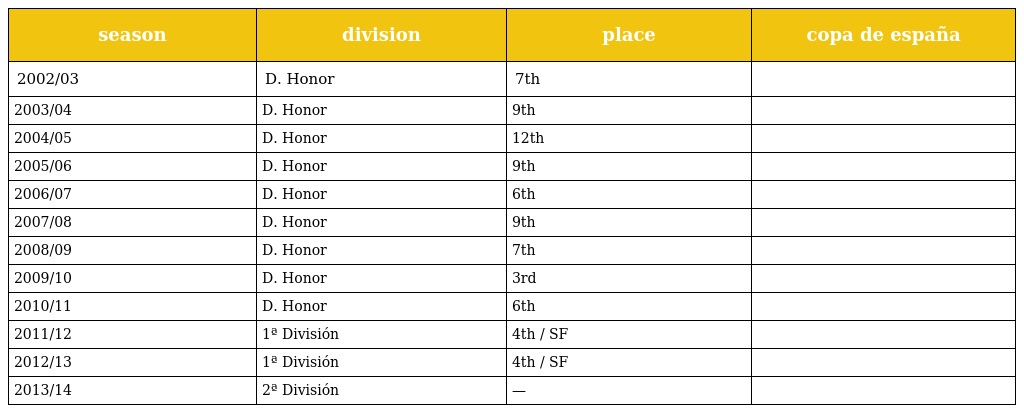
| season | division | place | copa de españa |
 | --- | --- | --- | --- |
 | 2002/03 | D. Honor | 7th |  |
 | 2003/04 | D. Honor | 9th |  |
 | 2004/05 | D. Honor | 12th |  |
 | 2005/06 | D. Honor | 9th |  |
 | 2006/07 | D. Honor | 6th |  |
 | 2007/08 | D. Honor | 9th |  |
 | 2008/09 | D. Honor | 7th |  |
 | 2009/10 | D. Honor | 3rd |  |
 | 2010/11 | D. Honor | 6th |  |
 | 2011/12 | 1ª División | 4th / SF |  |
 | 2012/13 | 1ª División | 4th / SF |  |
 | 2013/14 | 2ª División | — |  |